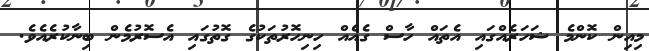
މިއިން ކޮންމެ ޝަހަރެއްގައި އެތައް ހާސް ގެއެއް ހިނިހޮރުތަކުގެ ގޮތުގައި އެސޮރުމެން ބިނާކުރެއެވެ.